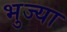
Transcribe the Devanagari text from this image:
भुज्या